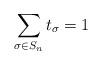
LaTeX: \begin{align*}\sum_{\sigma \in S_n} t_{\sigma} = 1\end{align*}